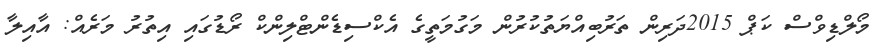
މޯލްޑިވްސް ކަޕް 2015ދަރިން ތަރުބިއްޔަތުކުރުން މަގުމަތީގެ އެކްސިޑެންޓްލިންކް ރޯޑުގައި އިތުރު މަރެއް: އާއިލާ